Report of the King Institute of Preventive Medicine, Guindy
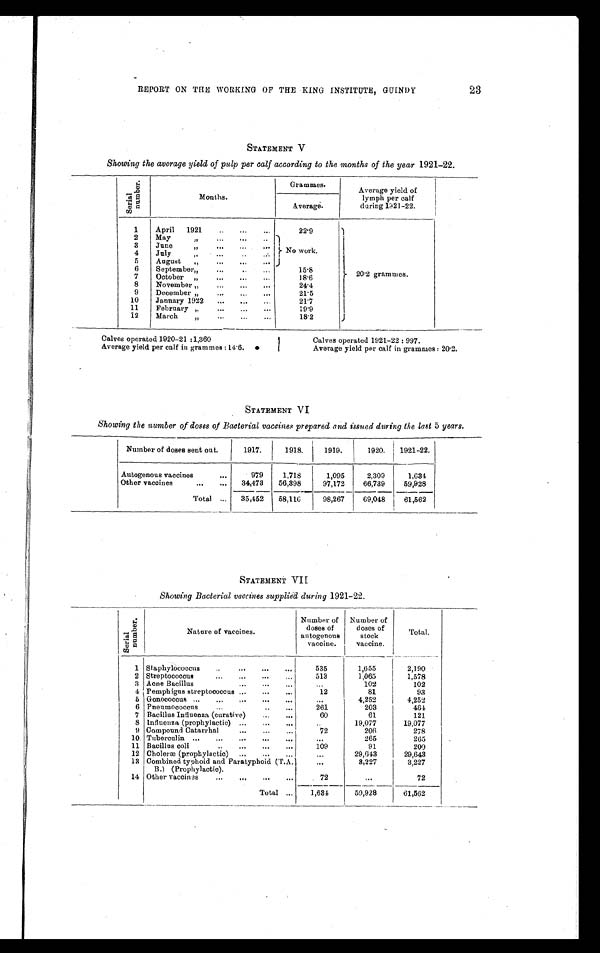
23
REPORT ON THE WORKING OF THE KING INSTITUTE, GUINDY
STATEMENT V
Showing the average yield of pulp per calf according to the months of the year 1921-22.
S e r i a l n u m b e r .
Months.
Grammes.
Average yield of
lymph per calf
during 1921-22.
Average.
1
April 1921 . . .
22.9
20.2 grammes.
2
May
" . . .
No work.
3
June " . . .
4
July " . . .
5
August " . . .
6
September " . . .
15.8
7
October " . . .
18.6
8
November " . . .
2 4 . 4
9
December " . . .
21.5
10
January 1922 . . .
21.7
11
February " . . .
19.9
12
March " . . .
18.2
Calves operated 1920-21 :1,360
Average yield per calf in grammes : 14.6.
Calves operated 1921-22 : 997.
Average yield per calf in grammes : 20.2.
STATEMENT VI
Showing the number of doses of Bacterial vaccines prepared and issued during the last 5 years.
Number of doses sent out.
1917.
1918.
1919.
1920.
1921-22.
Autogenous vaccines . . .
979
1,718
1,095
2,309
1,634
Other vaccines . . .
34,473
56,398
97,172
66,739
59,928
Total . . .
35,452
58,116
98,267
69,048
61,562
STATEMENT VII
Showing Bacterial vaccines supplied during 1921-22.
S e r i a l n u m b e r .
N a t u r e o f v a c c i n e s .
N u m b e r o f d o s e s o f a n t o g e n o u s v a c c i n e .
N u m b e r o f d o s e s o f s t o c k v a c c i n e .
T o t a l .
1
Staphylococcus . . .
5 3 5
1 , 6 5 5
2 , 1 9 0
2
Streptococcus . . .
5 1 3
1 , 0 6 5
1,578
3
Acne Bacillus . . .
. . .
1 0 2
1 0 2
4
Pemphigns streptococcus . . .
1 2
8 1
9 3
5
Gonococcus . . .
. . .
4 , 2 5 2
4 , 2 5 2
6
Pneumococcus . . .
2 6 1
2 0 3
4 6 4
7
Bacillus Influenza (curative) . . .
6 0
6 1
1 2 1
8
Influenza (prophylactic) . . .
. . .
1 9 , 0 7 7
1 9 , 0 7 7
9
Compound Catarrhal . . .
7 2
2 0 6
2 7 8
10
Tuberculin . . .
. . .
2 6 5
2 6 5
11
Bacillus coli . . .
1 0 9
9 1
2 0 0
12
Choleræ (prophylactic) . . .
. . .
2 9 , 6 4 3
2 9 , 6 4 3
13
Combined typhoid and Paratyphoid (T.A . B . ) ( P r o p h y l a c t i c ) . . .
. . .
3 , 2 2 7
3 , 2 2 7
14
Other vaccines . . .
7 2
. . .
7 2
T o t a l . . .
1 , 6 3 4
5 9 , 9 2 8
6 1 , 5 6 2